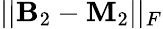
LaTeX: ||\mathbf{B}_{2}-\mathbf{M}_{2}||_{F}